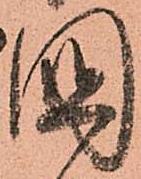
國